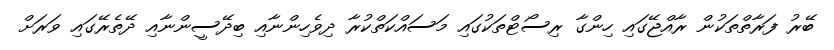
ބޭރު ފަރާތްތަކުން ރާއްޖޭގައި ހިންގާ ރިސޯޓްތަކުގައި މަަސައްކަތްކުރާ ދިވެހިންނާއި ބިދޭސީންނާއި ދޭތެރޭގައި ވަރަށް